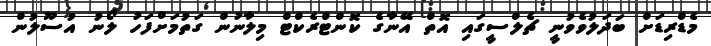
މެޑްރިޑަށް ބަދަލުވެވުނީ ޗެލްސީގައި އޮތް އޭނާގެ ކޮންޓްރެކްޓް މިލާނުން ގަތުމަށްފަހު ލޯނު އުސޫލުން